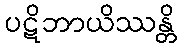
ပဋိဘာယိဿန္တိ